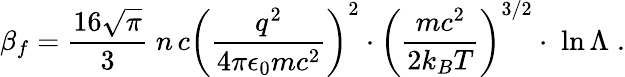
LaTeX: \beta_{f}=\frac{16\sqrt{\pi}}{3}\; n\, c{\left(\frac{q^{2}}{4\pi\epsilon_{0}mc^{2}}\right)}^{2}\cdot{\left(\frac{mc^{2}}{2k_{B}T}\right)}^{3/2}\cdot\; \ln\Lambda\; .